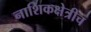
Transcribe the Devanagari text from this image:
नाशिकक्षेत्रीच